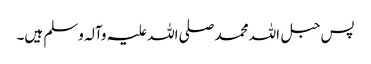
پس حبل اللہ محمد صلی اللہ علیہ وآلہ وسلم ہیں۔